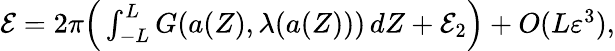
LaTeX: \begin{array}{r}{\mathcal{E}=2\pi\Big(\int_{-L}^{L}G({a}(Z),\lambda({a}(Z)))\, dZ+\mathcal{E}_{2}\Big)+O(L\varepsilon^{3}),}\end{array}